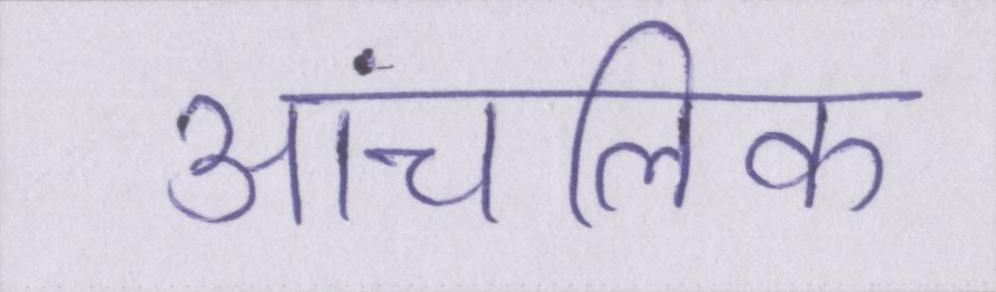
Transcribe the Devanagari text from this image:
आंचलिक